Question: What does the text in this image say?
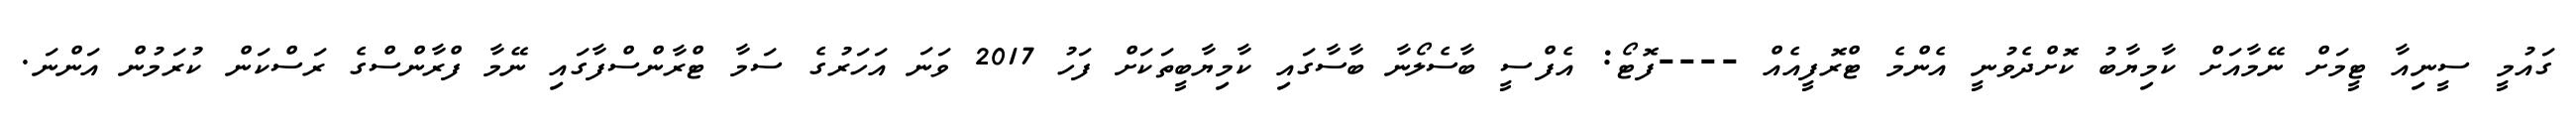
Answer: ގައުމީ ސީނިއާ ޓީމަށް ނޭމާއަށް ކާމިޔާބު ކޮށްދެވުނީ އެންމެ ޓްރޮފީއެއް ----ފޮޓޯ: އެފްސީ ބާސެލޯނާ ބާސާގައި ކާމިޔާބީތަކަށް ފަހު 2017 ވަނަ އަހަރުގެ ސަމާ ޓްރާންސްފާގައި ނޭމާ ފްރާންސްގެ ރަސްކަން ކުރަމުން އަންނަ.